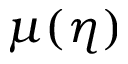
\mu ( \eta )